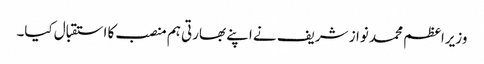
وزیراعظم محمد نواز شریف نے اپنے بھارتی ہم منصب کا استقبال کیا۔